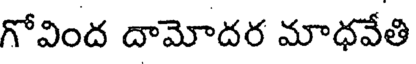
గోవింద దామోదర మాధవేతి